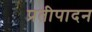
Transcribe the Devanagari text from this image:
प्रतीपादन